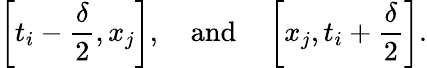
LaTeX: \left[t_{i}-{\frac{\delta}{2}},x_{j}\right],\quad{\mathrm{and}}\quad\left[x_{j},t_{i}+{\frac{\delta}{2}}\right].